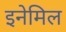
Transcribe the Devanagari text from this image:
इनेमिल